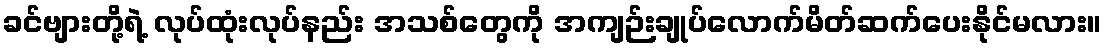
ခင်ဗျားတို့ရဲ့ လုပ်ထုံးလုပ်နည်း အသစ်တွေကို အကျဉ်းချုပ်လောက်မိတ်ဆက်ပေးနိုင်မလား။